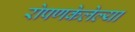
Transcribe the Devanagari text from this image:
रोपणकेलेल्या